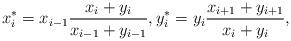
LaTeX: \begin{align*} x_i^*=x_{i-1} \frac{x_i+y_i}{x_{i-1}+y_{i-1}}, y_i^*=y_i \frac{x_{i+1}+y_{i+1}}{x_i+y_i}, \end{align*}